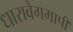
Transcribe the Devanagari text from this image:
धारावेगमापी